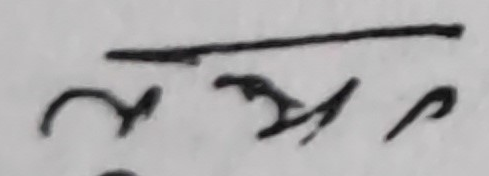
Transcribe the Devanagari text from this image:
अझप